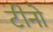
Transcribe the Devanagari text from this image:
टीनो